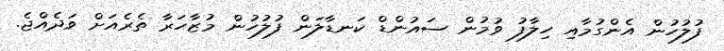
ފުލުހުން އެންގުމާއި ހިލާފު ވުމުން ސައުންޑް ކަނޑާލަން ފުލުހުން މުޒާހަރާ ތެރެއަށް ވަދެއްޖެ.